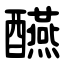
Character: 醼